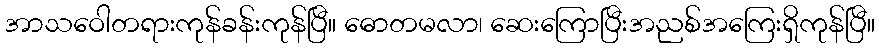
အာသဝေါတရားကုန်ခန်းကုန်ပြီ။ ဓောတမလာ၊ ဆေးကြောပြီးအညစ်အကြေးရှိကုန်ပြီ။